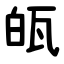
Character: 㼟